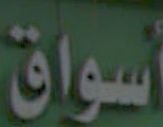
أسواق